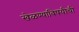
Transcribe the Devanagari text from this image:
खेळण्याविषयीची